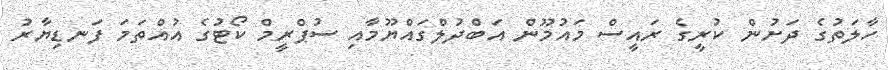
ހާލަތުގެ ދަށުން ކުރީގެ ރައީސް މައުމޫން އަބްދުލްގައްޔޫމާއި ސުޕްރީމް ކޯޓުގެ އުއްތަމަ ފަނޑިޔާރު